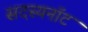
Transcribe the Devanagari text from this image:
सदस्यनॉट